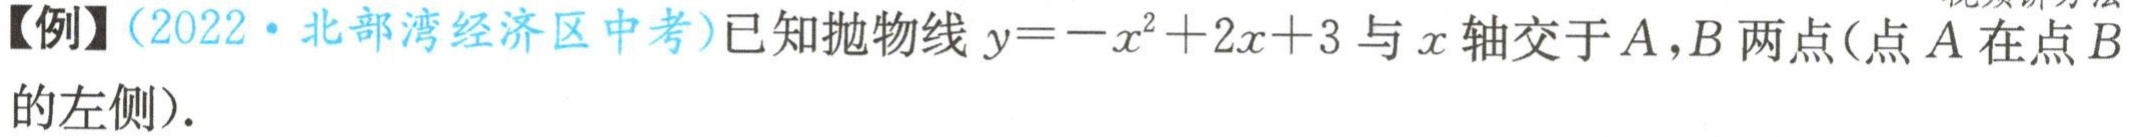
【例】（2022·北部湾经济区中考）已知抛物线\(y = -x^{2}+2x + 3\)与\(x\)轴交于\(A,B\)两点(点\(A\)在点\(B\)的左侧).